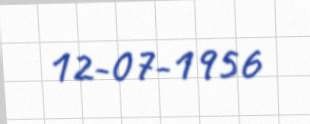
12-07-1956